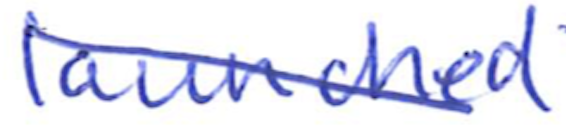
Text: launched
Cross-out: diagonal
Writing tool: ballpoint